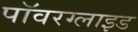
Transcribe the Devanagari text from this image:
पॉवरग्लाइड